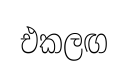
එකලඟ